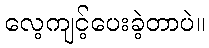
လေ့ကျင့်ပေးခဲ့တာပဲ။